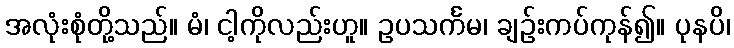
အလုံးစုံတို့သည်။ မံ၊ ငါ့ကိုလည်းဟူ။ ဥပသင်္ကမ၊ ချဉ်းကပ်ကုန်၍။ ပုနပိ၊